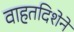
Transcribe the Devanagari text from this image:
वाहतदिशेने